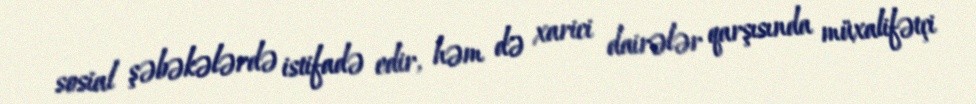
sosial şəbəkələrdə istifadə edir, həm də xarici dairələr qarşısında müxalifətçi